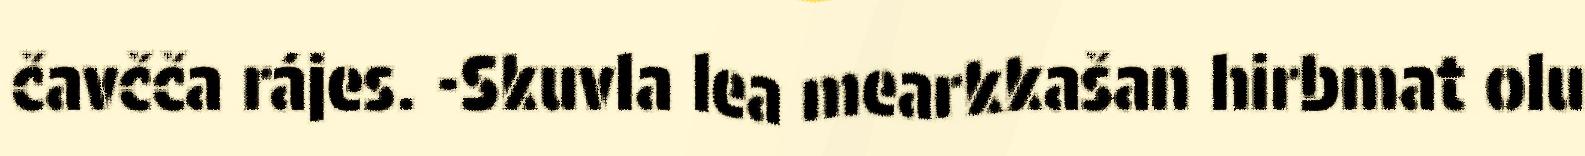
čavčča rájes. -Skuvla lea mearkkašan hirbmat olu